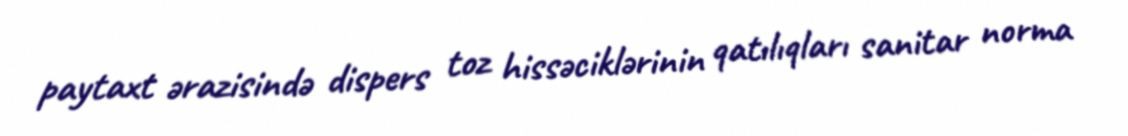
paytaxt ərazisində dispers toz hissəciklərinin qatılıqları sanitar norma